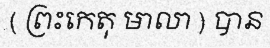
( ព្រះកេតុ មាលា ) បាន